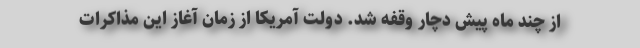
از چند ماه پیش دچار وقفه شد. دولت آمریکا از زمان آغاز این مذاکرات